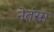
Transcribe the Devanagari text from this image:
नेतंसा